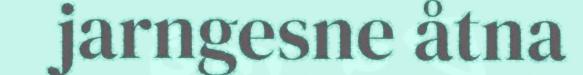
jarngesne åtna